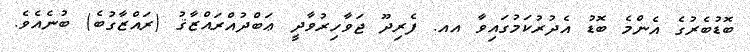
ބޮޑުބެރުގެ އެންމެ ބޮޑު އެދުރުކަމުގައިވާ އއ. ފެރިދޫ ޖަވާހިރުވާދީ ޢަބްދުއްރައްޒާޤު (ރައްޒާގުބެ) ބުނެއެވެ.